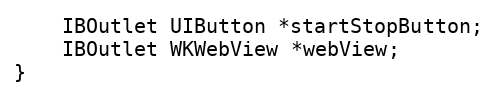
Language: C
	IBOutlet UIButton *startStopButton;
	IBOutlet WKWebView *webView;
}